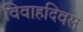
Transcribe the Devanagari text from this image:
विवाहदिवस